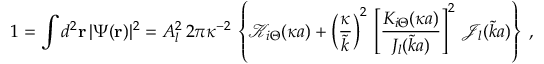
1 = \int d ^ { 2 } { \bf r } \, | \Psi ( { \bf r } ) | ^ { 2 } = A _ { l } ^ { 2 } \, 2 \pi \kappa ^ { - 2 } \, \left\{ { \mathcal K } _ { i \Theta } ( \kappa a ) + \left( \frac { \kappa } { \tilde { k } } \right) ^ { 2 } \, \left[ \frac { K _ { i \Theta } ( \kappa a ) } { J _ { l } ( \tilde { k } a ) } \right] ^ { 2 } \, { \mathcal J _ { l } } ( \tilde { k } a ) \right\} \; ,